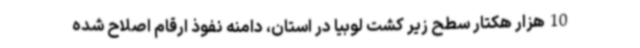
10هزار هکتار سطح زیر کشت لوبیا در استان، دامنه نفوذ ارقام اصلاح شده